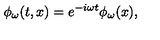
\phi _ { \omega } ( t , x ) = e ^ { - i \omega t } \phi _ { \omega } ( x ) ,